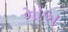
મોબ